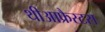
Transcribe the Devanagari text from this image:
थीआफ्रैस्टस